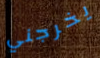
يخرجني